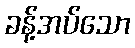
ခန့်အပ်သော